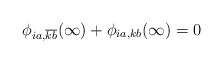
\begin{align*}\phi _{ia,\overline{k}\overline{b}}(\infty )+\phi _{ia,kb}(\infty )=0\end{align*}